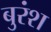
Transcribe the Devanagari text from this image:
बुरंश